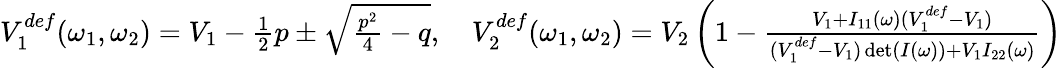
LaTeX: \begin{array}{r}{V_{1}^{def}(\omega_{1},\omega_{2})=V_{1}-\frac{1}{2}p\pm\sqrt{\frac{p^{2}}{4}-q},\quad V_{2}^{def}(\omega_{1},\omega_{2})=V_{2}\left(1-\frac{V_{1}+I_{11}(\omega)(V_{1}^{def}-V_{1})}{(V_{1}^{def}-V_{1})\operatorname*{det}(I(\omega))+V_{1}I_{22}(\omega)}\right)}\end{array}